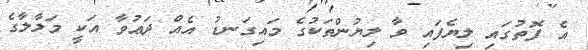
އެ ފޮތުގައި ލިޔެފައި ވާ ލިޔުންތަކުގެ މައިގަނޑު އެއް ދަޢުވާ އަކީ މަލާލާގެ